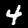
Digit: 4